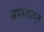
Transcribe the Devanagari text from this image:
अवषेशातून